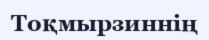
Тоқмырзиннің